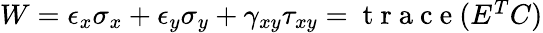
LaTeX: \begin{array}{r}{W=\epsilon_{x}\sigma_{x}+\epsilon_{y}\sigma_{y}+\gamma_{xy}\tau_{xy}=\mathrm{~t~r~a~c~e~}(E^{T}C)}\end{array}